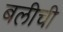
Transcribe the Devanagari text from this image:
बलीची